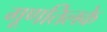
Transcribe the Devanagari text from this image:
गूणतिलके